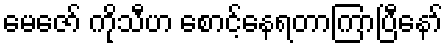
မေဇော် ကိုသီဟ စောင့်နေရတာကြာပြီနော်